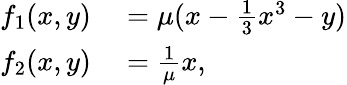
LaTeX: \begin{array}{rl}{f_{1}(x,y)}&{{}=\mu(x-\frac{1}{3}x^{3}-y)}\\ {f_{2}(x,y)}&{{}=\frac{1}{\mu}x,}\end{array}